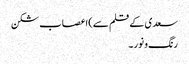
سعدی کے قلم سے)	اعصاب شکن
رنگ و نور ۔